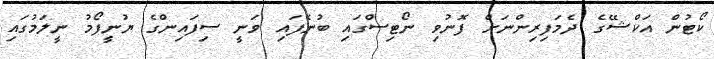
ކޯޓުން އަކްޝޭގެ ދެމަފިރިންނަށް ފޮނުވި ނޯޓިސްގައި ބުނެފައި ވަނީ ސިފައިންގެ ޔުނީފޯމު ނީލަމުގައި